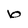
Character: b